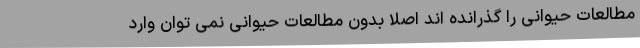
مطالعات حیوانی را گذرانده اند اصلا بدون مطالعات حیوانی نمی توان وارد